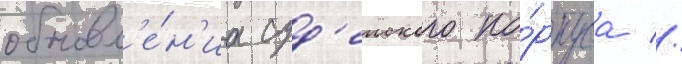
обновл'е́н'иа суд'еиского ко́рпуса //